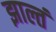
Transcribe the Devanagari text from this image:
झाल्तं